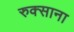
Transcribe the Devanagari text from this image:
रुक्साना